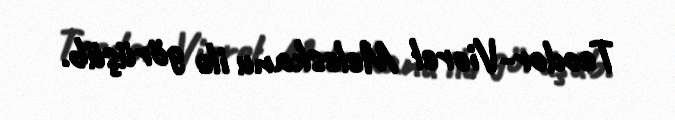
Teodor-Viorel Meleskanu ilə görüşüb.